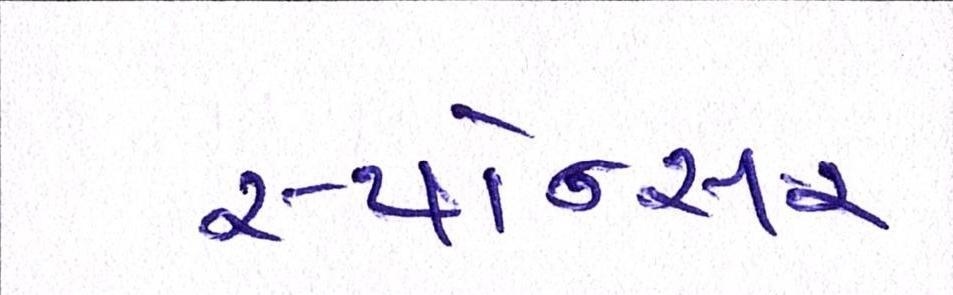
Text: સ્પોન્સર